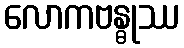
လောကဗန္ဓုဿ